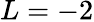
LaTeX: L=-2